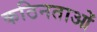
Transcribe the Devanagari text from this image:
कठिनताओं